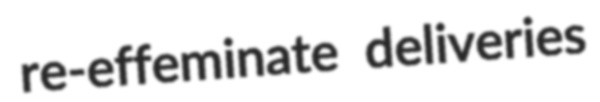
re-effeminate deliveries